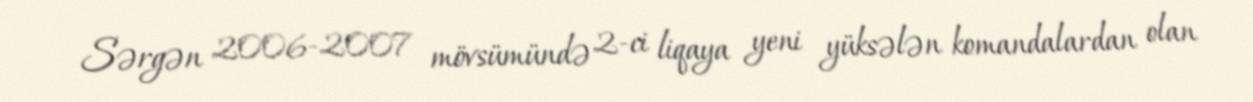
Sərgən 2006-2007 mövsümündə 2-ci liqaya yeni yüksələn komandalardan olan